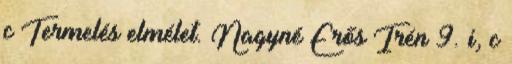
c Termelés elmélet. Nagyné Erős Irén 9. i, c